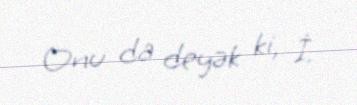
Onu da deyək ki, İ.